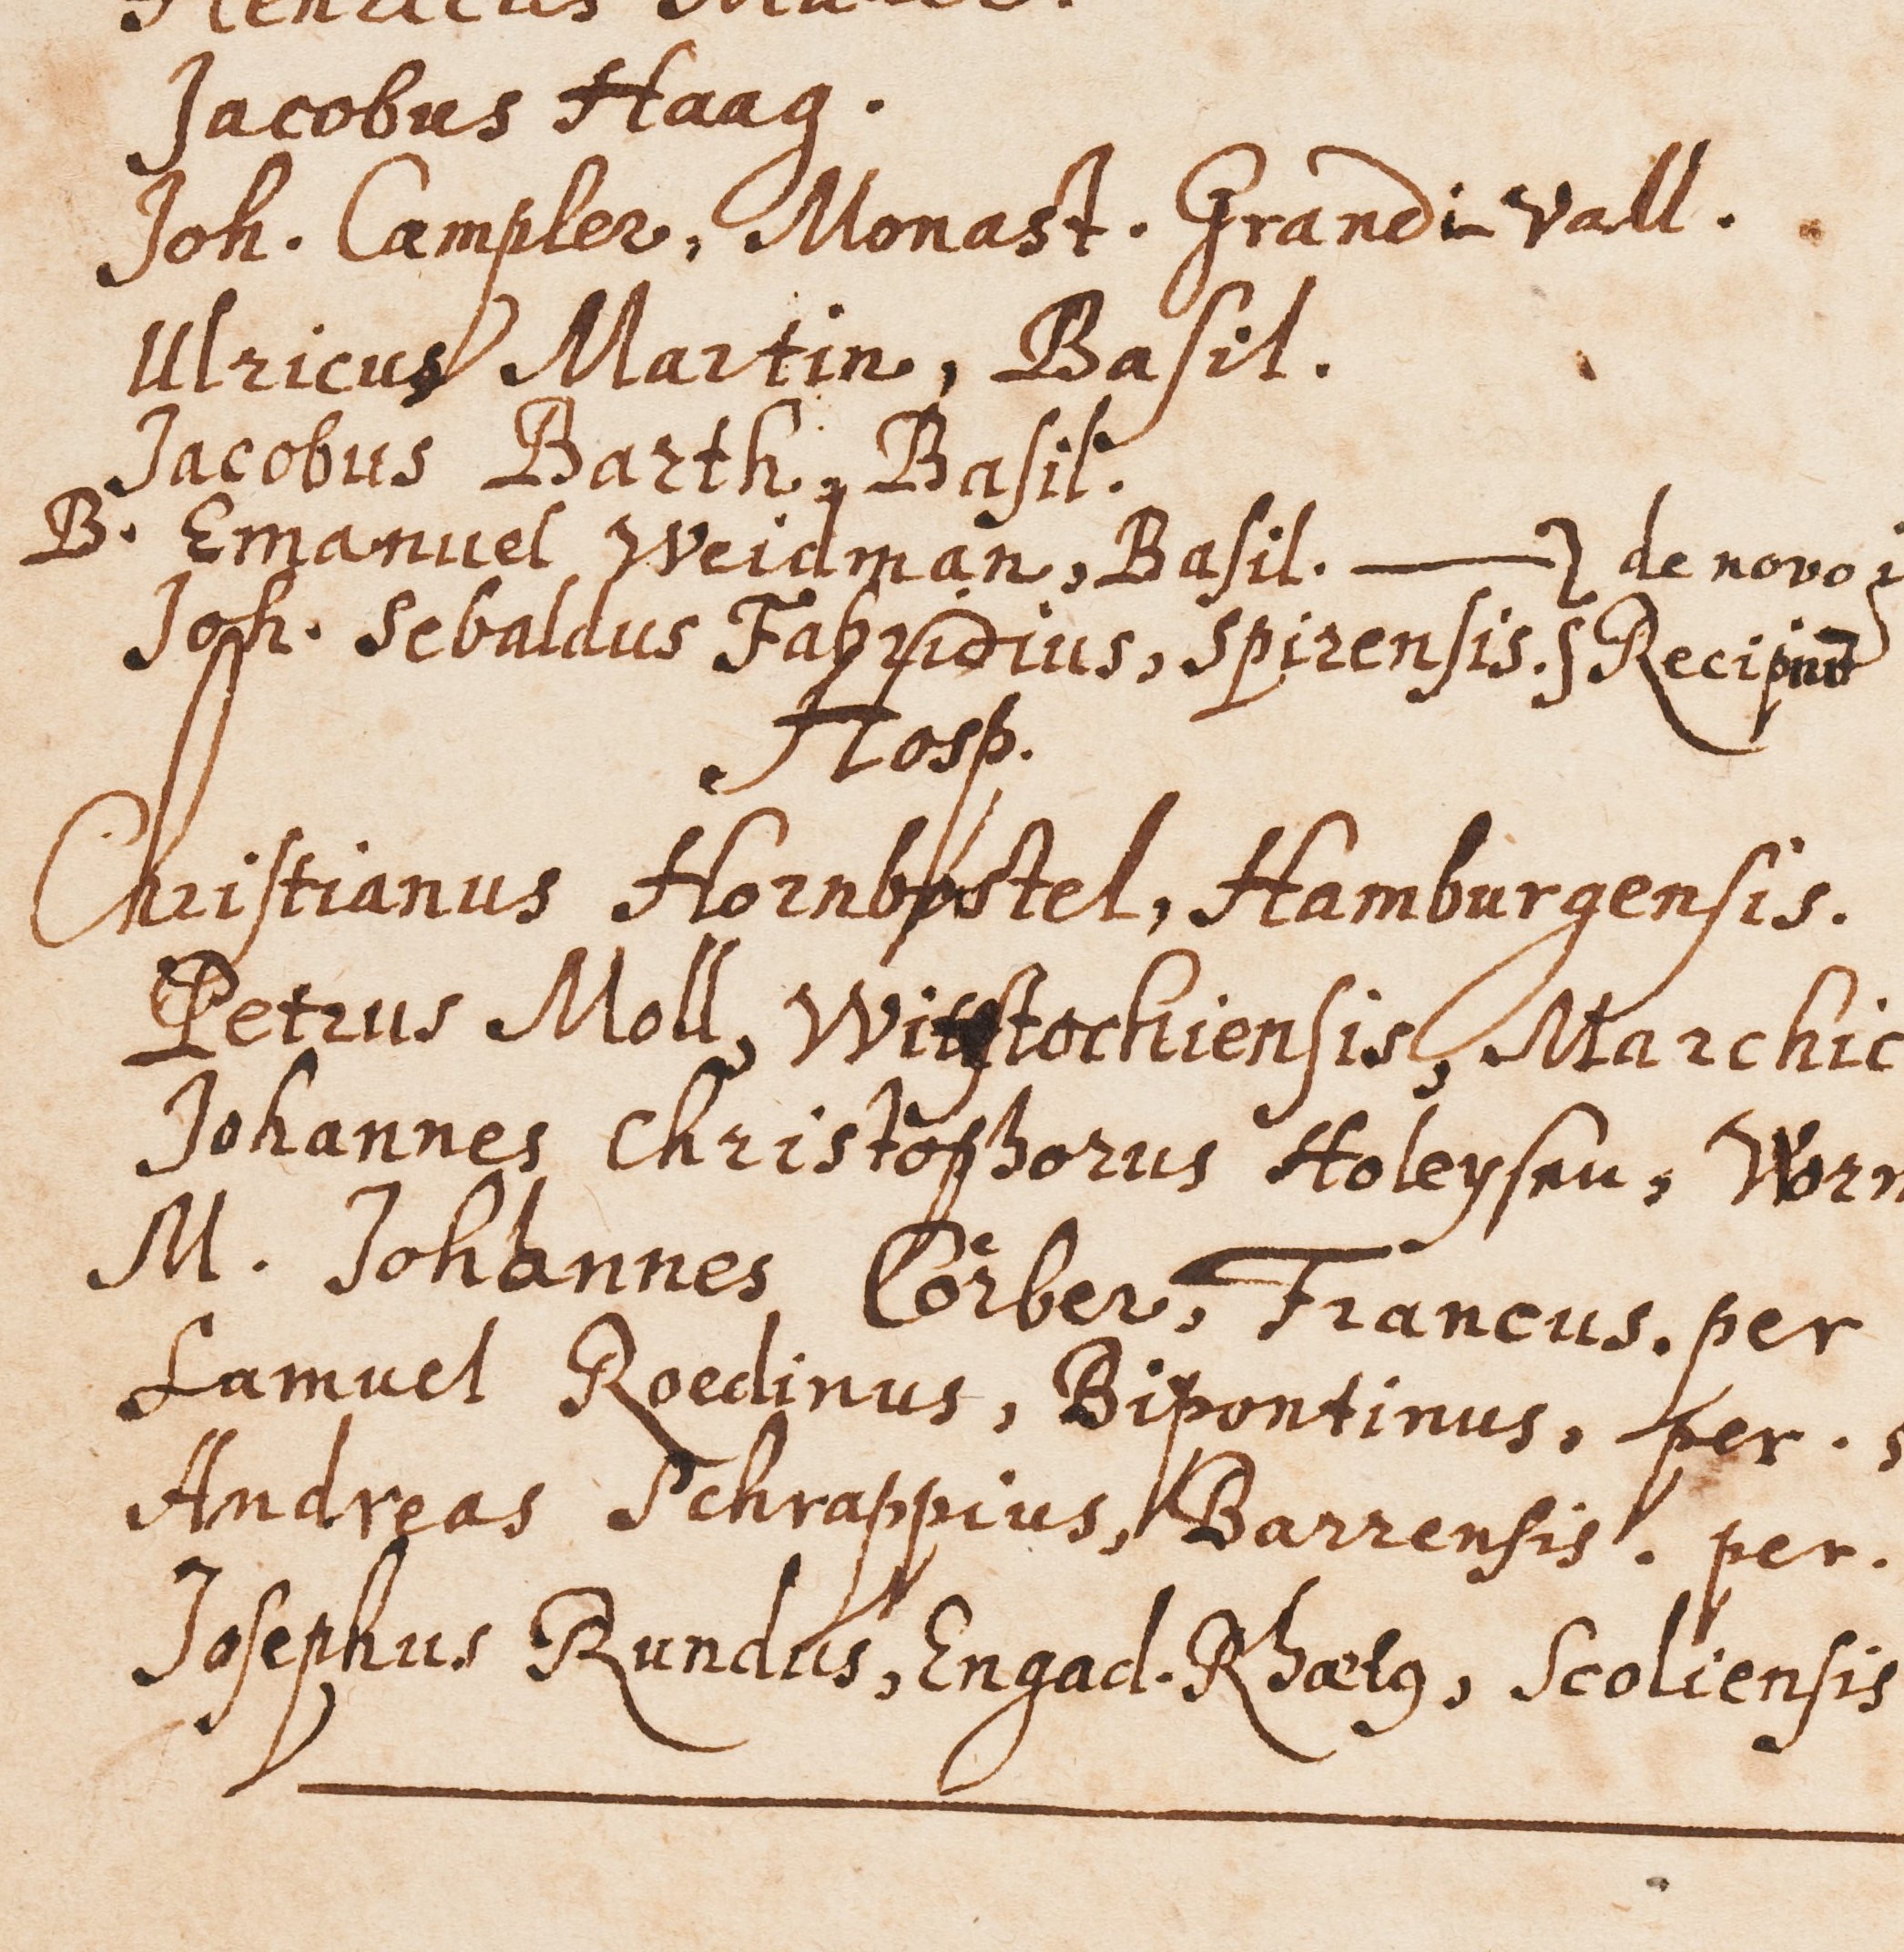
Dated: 1594–1682